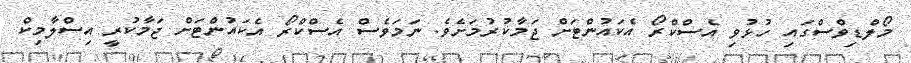
މޯލްޑިވްސްގައި ހުޅުވި އެސްކްރޯ އެކައުންޓަށް ޖަމާކުރުމަށެވެ. ނަމަވެސް އެސްކްރޯ އެކައުންޓަށް ޖަމާކުރީ އިސްލާމިކް